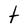
Character: t